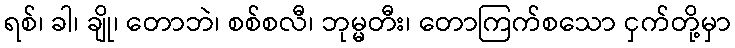
ရစ်၊ ခါ၊ ချို၊ တောဘဲ၊ စစ်စလီ၊ ဘုမ္မတီး၊ တောကြက်စသော ငှက်တို့မှာ